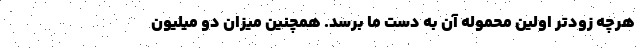
هرچه زودتر اولین محموله آن به دست ما برسد. همچنین میزان دو میلیون